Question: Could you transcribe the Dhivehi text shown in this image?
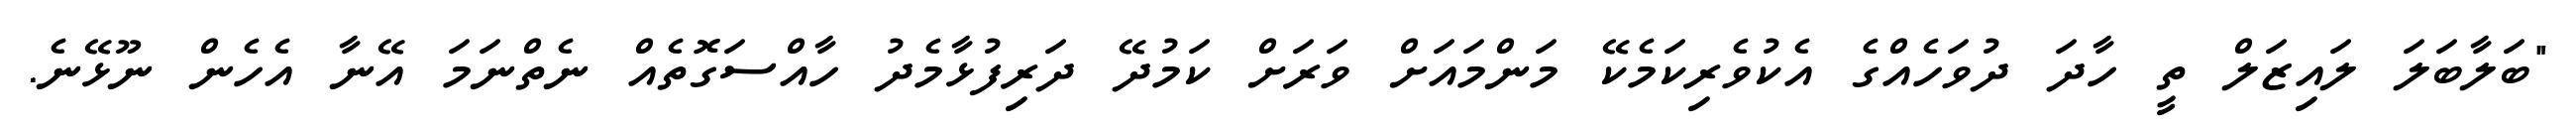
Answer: "ބަލާބަލަ ލައިޒަލް ތީ ހާދަ ދުވަހެއްގެ އެކުވެރިކަމެކޭ މަންމައަށް ވަރަށް ކަމުދޭ ދަރިފުޅާމެދު ހާއްސަގޮތެއް ނެތްނަމަ އޭނާ އެހެން ނޫޅޭނެ.